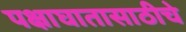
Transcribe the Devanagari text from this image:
पक्षाघातासाठीचे